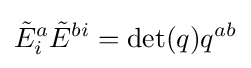
{\tilde {E}}_{i}^{a}{\tilde {E}}^{bi}=\det(q)q^{ab}